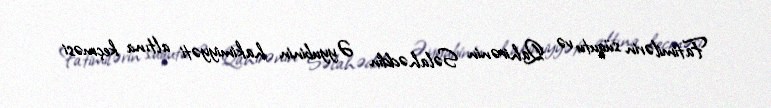
Fatimilərin süqutu və Qahirənin Səlahəddin Əyyubinin hakimiyyəti altına keçməsi